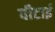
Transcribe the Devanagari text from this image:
पीटाई